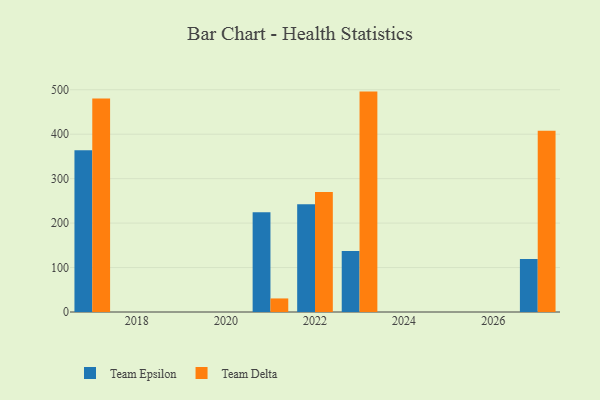
{"axis": {"x": "Year", "y": "LTV (USD)"}, "legend": ["Team Delta", "Team Epsilon"], "data": [{"x": "2021", "y": 224.2, "type": "Team Epsilon"}, {"x": "2021", "y": 30.5, "type": "Team Delta"}, {"x": "2027", "y": 119.3, "type": "Team Epsilon"}, {"x": "2027", "y": 407.9, "type": "Team Delta"}, {"x": "2017", "y": 363.7, "type": "Team Epsilon"}, {"x": "2017", "y": 480.2, "type": "Team Delta"}, {"x": "2022", "y": 242.6, "type": "Team Epsilon"}, {"x": "2022", "y": 270.1, "type": "Team Delta"}, {"x": "2023", "y": 137.2, "type": "Team Epsilon"}, {"x": "2023", "y": 495.8, "type": "Team Delta"}]}